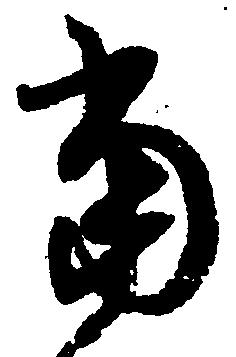
当